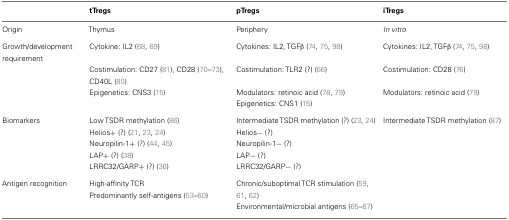
<table><thead><tr><td></td><td><b>tTregs</b></td><td><b>pTregs</b></td><td><b>iTregs</b></td></tr></thead><tbody><tr><td>Origin</td><td>Thymus</td><td>Periphery</td><td><i>In vitro</i></td></tr><tr><td>Growth/development requirement</td><td>Cytokine: IL2 (68, 69)</td><td>Cytokines: IL2, TGFβ (74, 75, 98)</td><td>Cytokines: IL2, TGFβ (74, 75, 98)</td></tr><tr><td></td><td>Costimulation: CD27 (81), CD28 (70–73), CD40L (80)</td><td>Costimulation: TLR2 (?) (66)</td><td>Costimulation: CD28 (76)</td></tr><tr><td></td><td>Epigenetics: CNS3 (15)</td><td>Modulators: retinoic acid (78, 79)</td><td>Modulators: retinoic acid (79)</td></tr><tr><td></td><td></td><td>Epigenetics: CNS1 (15)</td><td></td></tr><tr><td>Biomarkers</td><td>Low TSDR methylation (86)</td><td>Intermediate TSDR methylation (?) (23, 24)</td><td>Intermediate TSDR methylation (87)</td></tr><tr><td></td><td>Helios+ (?) (21, 23, 24)</td><td>Helios− (?)</td><td></td></tr><tr><td></td><td>Neuropilin-1+ (?) (44, 45)</td><td>Neuropilin-1− (?)</td><td></td></tr><tr><td></td><td>LAP+ (?) (38)</td><td>LAP− (?)</td><td></td></tr><tr><td></td><td>LRRC32/GARP+ (?) (36)</td><td>LRRC32/GARP− (?)</td><td></td></tr><tr><td>Antigen recognition</td><td>High-affinity TCR Predominantly self-antigens (53–60)</td><td>Chronic/suboptimal TCR stimulation (59, 61, 62)</td><td></td></tr><tr><td></td><td></td><td>Environmental/microbial antigens (65–67)</td><td></td></tr></tbody></table>